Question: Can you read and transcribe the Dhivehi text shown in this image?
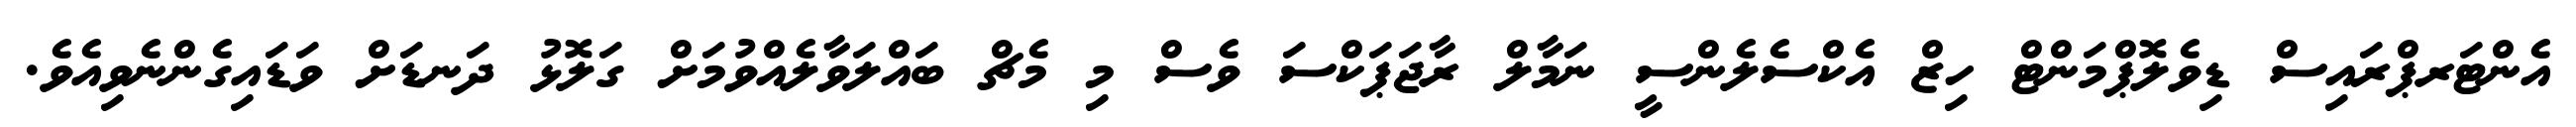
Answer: އެންޓަރޕްރައިސް ޑިވެލޮޕްމަންޓް ހިޒް އެކްސެލެންސީ ނަމާލް ރާޖަޕަކްސަ ވެސް މި މެޗް ބައްލަވާލެއްވުމަށް ގަލޮޅު ދަނޑަށް ވަޑައިގެންނެވިއެވެ.